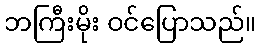
ဘကြီးမိုး ဝင်ပြောသည်။